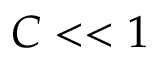
C < < 1